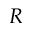
R